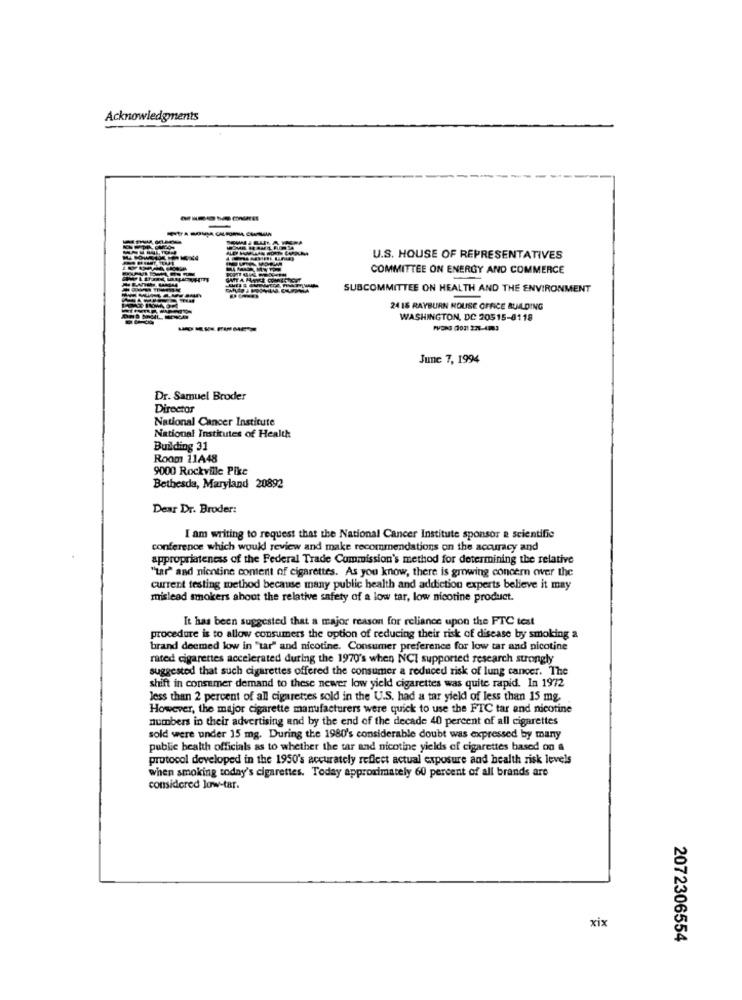
Acknowledgments
U.S. HOUSE OF REPRESENTATIVES
COMMITTEE ON ENERGY AND COMMERCE
SUBCOMMITTEE ON HEALTH AND THE ENVIRONMENT
24 16 RAYBURN HOUSE OFFICE BUILDING
WASHINGTON, DC 20515-8118
PVONE (1021 2:25-4983
June 7, 1994
Dr. Samuel Broder
Director
National Cancer Institute
National Institutes of Health
Building 31
Room 11A48
9000 Rockville Pike
Bethesda, Maryland 20892
Dear Dr. Broder:
I am writing to request that the National Cancer Institute sponsor a scientific
conference which would review and make recommendations on the accuracy and
appropriateness of the Federal Trade Commission's method for determining the relative
"tar" and nicotine content of cigarettes. As you know, there is growing concern ower the
current testing method because many public health and addiction experts believe it may
mislead smokers about the relative safety of a low tar, low nicotine product.
It has been suggested that a major reason for reliance upon the FTC test
procedure is to allow consumers the option of reducing their risk of disease by smoking a
brand deemed low in "tar" and nicotine. Consumer preference for low tar and nicotine
rated cigarettes accelerated during the 1970's when NCI supported research strongly
suggested that such cigarettes offered the consumer a reduced risk of lung cancer. The
shift in consumer demand to these newer low yield cigarettes was quite rapid. In 1972
less than 2 percent of all cigarettes sold in the U.S. had a tar yield of less than 15 mg.
However, the major cigarette manufacturers were quick to use the FIC tar and nicotine
numbers in their advertising and by the end of the decade 40 percent of all cigarettes
sold were under 15 mg. During the 1980's considerable doubt was expressed by many
public health officials as to whether the tar and nicotine yields of cigarettes based on a
protocol developed in the 1950's accurately reflect actual exposure and health risk levels
when smoking today's cigarettes. Today approximately 60 percent of all brands are
considered low-tar.
xix
2072306554